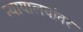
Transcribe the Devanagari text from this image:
न्यायालयांवर